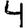
Digit: 4